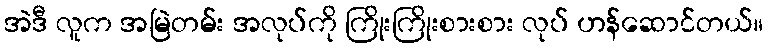
အဲဒီ လူက အမြဲတမ်း အလုပ်ကို ကြိုးကြိုးစားစား လုပ် ဟန်ဆောင်တယ်။